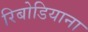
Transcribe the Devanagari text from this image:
रिबोडियाना